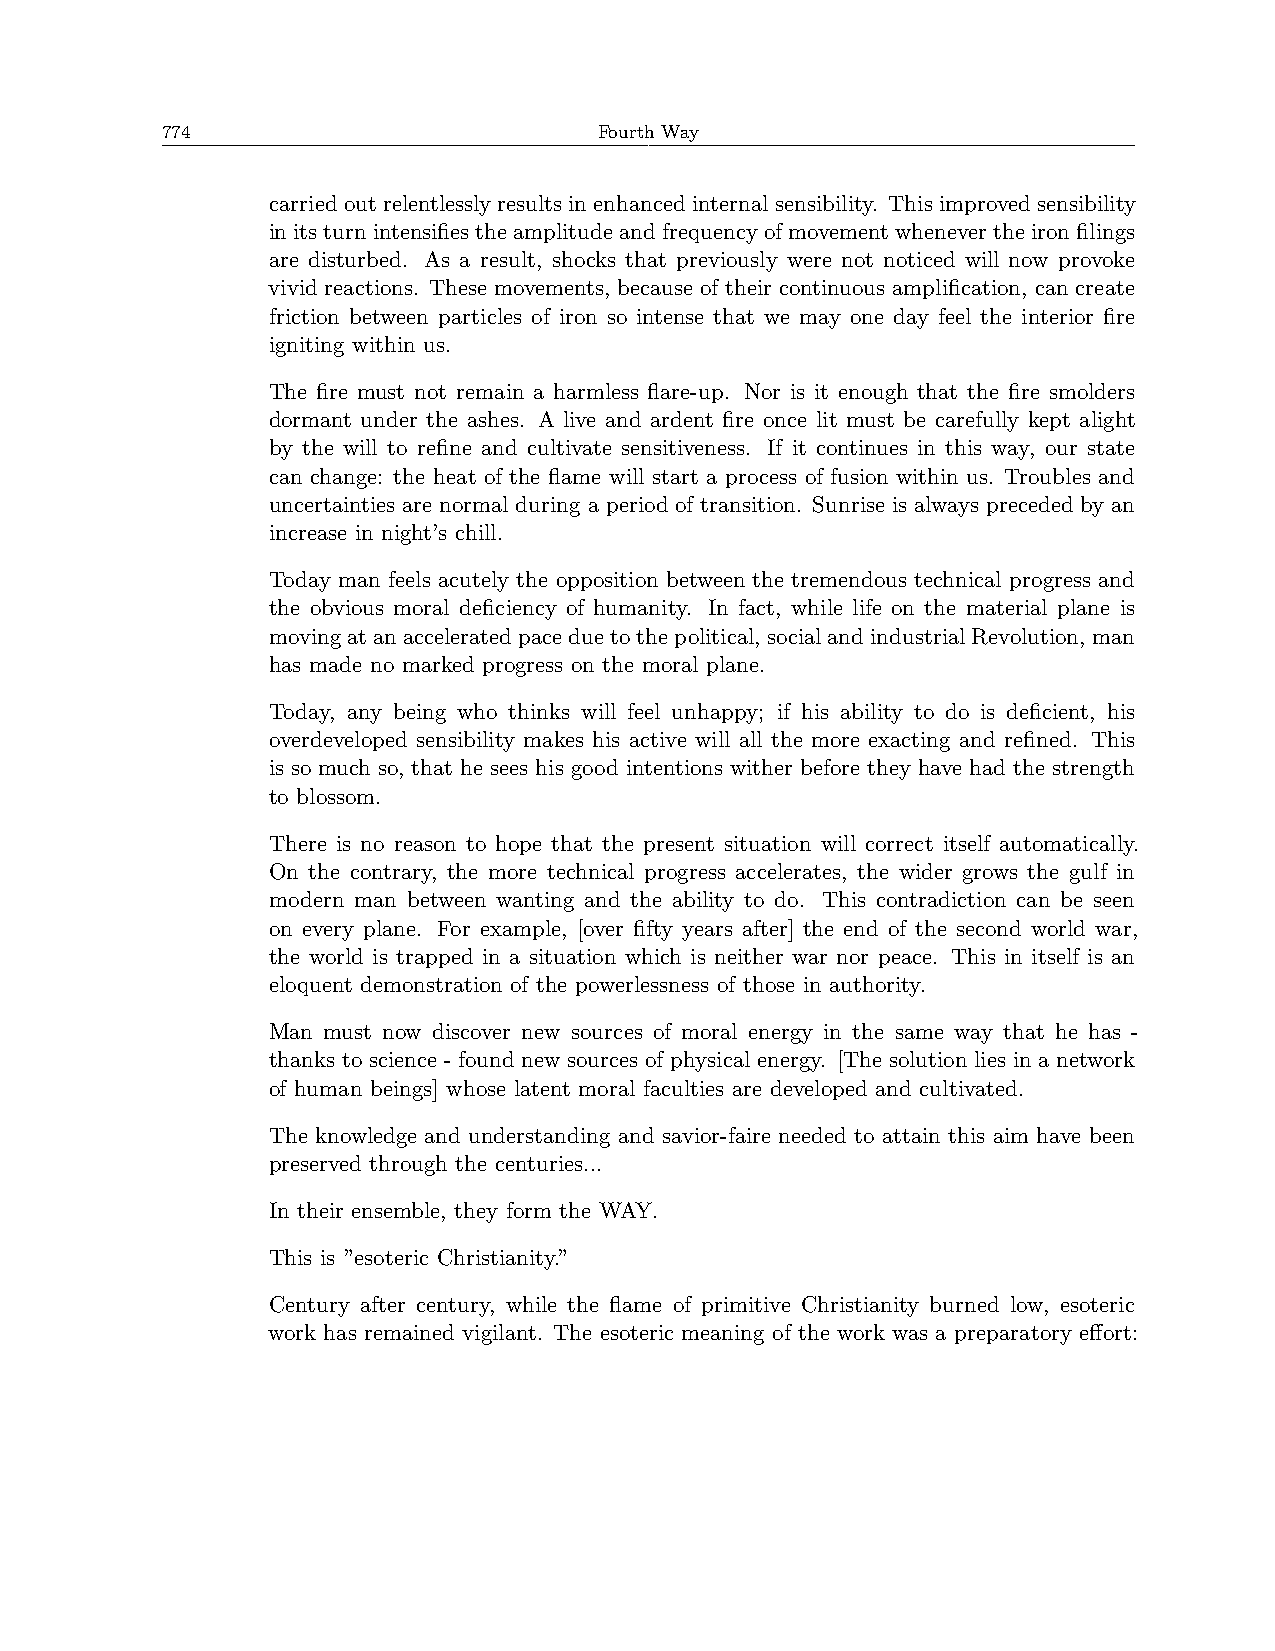
774                          Fourth Way
 carried out relentlessly results in enhanced internal sensibility. This improved sensibility
 initsturnintensifiestheamplitudeandfrequencyofmovementwhenevertheironfilings
 are disturbed. As a result, shocks that previously were not noticed will now provoke
 vivid reactions. These movements, because of their continuous amplification, can create
 friction between particles of iron so intense that we may one day feel the interior fire
 igniting within us.
 The fire must not remain a harmless flare-up. Nor is it enough that the fire smolders
 dormant under the ashes. A live and ardent fire once lit must be carefully kept alight
 by the will to refine and cultivate sensitiveness. If it continues in this way, our state
 can change: the heat of the flame will start a process of fusion within us. Troubles and
 uncertainties are normal during a period of transition. Sunrise is always preceded by an
 increase in night’s chill.
 Today man feels acutely the opposition between the tremendous technical progress and
 the obvious moral deficiency of humanity. In fact, while life on the material plane is
 movingatanacceleratedpaceduetothepolitical, socialandindustrialRevolution, man
 has made no marked progress on the moral plane.
 Today, any being who thinks will feel unhappy; if his ability to do is deficient, his
 overdeveloped sensibility makes his active will all the more exacting and refined. This
 is so much so, that he sees his good intentions wither before they have had the strength
 to blossom.
 There is no reason to hope that the present situation will correct itself automatically.
 On the contrary, the more technical progress accelerates, the wider grows the gulf in
 modern man between wanting and the ability to do. This contradiction can be seen
 on every plane. For example, [over fifty years after] the end of the second world war,
 the world is trapped in a situation which is neither war nor peace. This in itself is an
 eloquent demonstration of the powerlessness of those in authority.
 Man must now discover new sources of moral energy in the same way that he has -
 thanks to science - found new sources of physical energy. [The solution lies in a network
 of human beings] whose latent moral faculties are developed and cultivated.
 The knowledge and understanding and savior-faire needed to attain this aim have been
 preserved through the centuries...
 In their ensemble, they form the WAY.
 This is ”esoteric Christianity.”
 Century after century, while the flame of primitive Christianity burned low, esoteric
 work has remained vigilant. The esoteric meaning of the work was a preparatory effort: